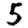
Digit: 5